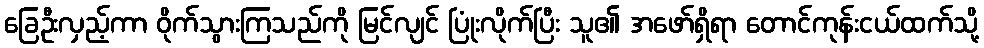
ခြေဦးလှည့်ကာ ဝိုက်သွားကြသည်ကို မြင်လျင် ပြုံးလိုက်ပြီး သူ၏ အဖော်ရှိရာ တောင်ကုန်းငယ်ထက်သို့